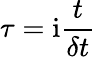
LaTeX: \tau=\mathrm i\frac{t}{\delta t}